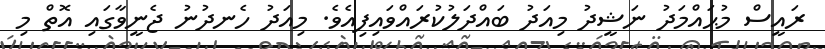
ރައީސް މުޙައްމަދު ނަޝީދު މިއަދު ބައްދަލުކުރައްވައިފިއެވެ. މިއަދު ހެނދުނު ޖެނީވާގައި އޮތް މި